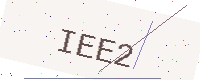
Text: IEE2